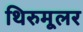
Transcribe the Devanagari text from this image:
थिरुमूलर